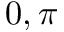
0 , \pi